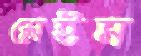
শ্লেইম